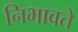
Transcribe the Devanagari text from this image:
निभावते